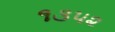
૧૩૫૨